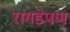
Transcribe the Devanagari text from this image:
रांगडेपण